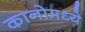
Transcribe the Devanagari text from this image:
कानोमध्ये